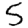
Digit: 5